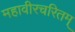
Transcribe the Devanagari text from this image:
महावीरचरितम्